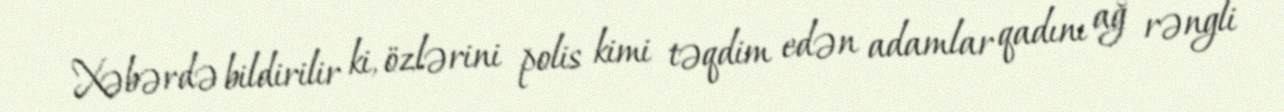
Xəbərdə bildirilir ki, özlərini polis kimi təqdim edən adamlar qadını ağ rəngli